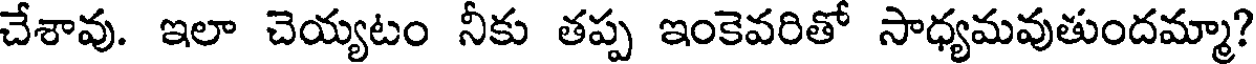
చేశావు. ఇలా చెయ్యటం నీకు తప్ప ఇంకెవరితో సాధ్యమవుతుందమ్మా?